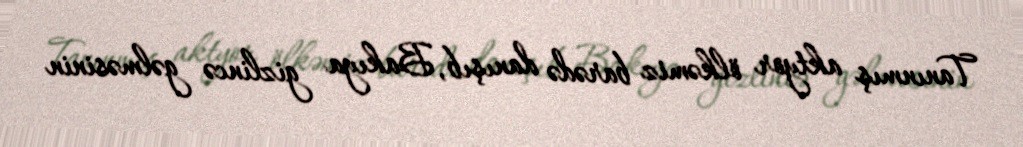
Tanınmış aktyor ölkəmiz barədə danışıb, Bakıya gizlincə gəlməsinin